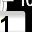
Digit: 1